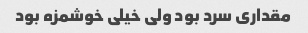
مقداری سرد بود ولی خیلی خوشمزه بود